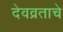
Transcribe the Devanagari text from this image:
देवव्रताचे